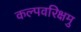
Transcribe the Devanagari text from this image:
कल्पवरिक्षमु